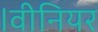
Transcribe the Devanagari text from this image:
।वीनियर